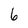
Character: 6